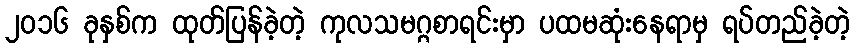
၂၀၁၆ ခုနှစ်က ထုတ်ပြန်ခဲ့တဲ့ ကုလသမဂ္ဂစာရင်းမှာ ပထမဆုံးနေရာမှ ရပ်တည်ခဲ့တဲ့